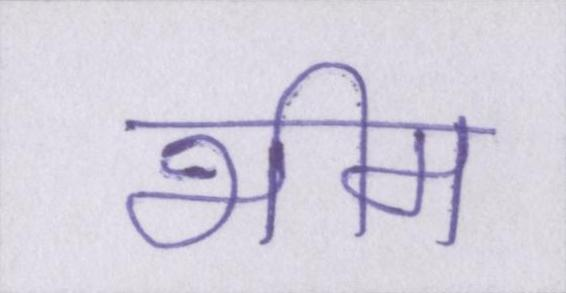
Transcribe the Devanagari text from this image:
भीम